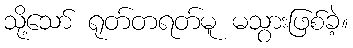
သို့သော် ရုတ်တရတ်မူ မသွားဖြစ်ခဲ့။